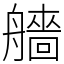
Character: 艢